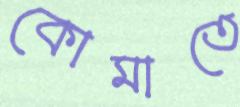
কোমাতে